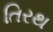
તિરથ